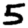
Digit: 5